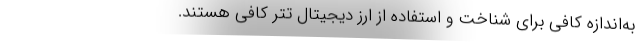
به‌اندازه کافی برای شناخت و استفاده از ارز دیجیتال تتر کافی هستند.